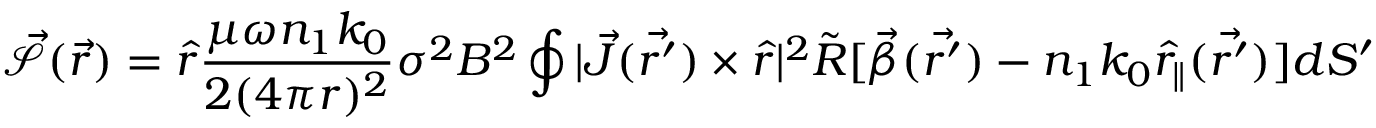
\mathcal { \vec { S } } ( \vec { r } ) = \hat { r } \frac { \mu \omega n _ { 1 } k _ { 0 } } { 2 ( 4 \pi r ) ^ { 2 } } \sigma ^ { 2 } B ^ { 2 } \oint | \vec { J } ( \vec { r ^ { \prime } } ) \times \hat { r } | ^ { 2 } \tilde { R } [ \vec { \beta } ( \vec { r ^ { \prime } } ) - n _ { 1 } k _ { 0 } \hat { r } _ { \| } ( \vec { r ^ { \prime } } ) ] d S ^ { \prime }